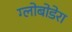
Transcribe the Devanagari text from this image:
ग्लोबोडेरा